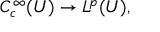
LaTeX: C _ { c } ^ { \infty } ( U ) \to L ^ { p } ( U ) ,